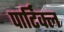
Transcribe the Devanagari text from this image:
पार्टिक्ल